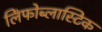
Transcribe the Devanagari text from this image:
लिंफोब्लास्टिक